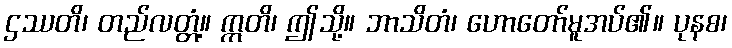
ဌဿတိ၊ တည်လတ္တံ့။ ဣတိ၊ ဤသို့။ ဘာသိတံ၊ ဟောတော်မူအပ်၏။ ပုနစ၊